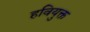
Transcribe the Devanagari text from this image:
हवियुक्त